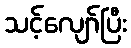
သင့်လျော်ပြီး